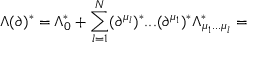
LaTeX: \Lambda ( \partial ) ^ { * } = \Lambda _ { 0 } ^ { * } + \sum _ { l = 1 } ^ { N } ( \partial ^ { \mu _ { l } } ) ^ { * } . . . ( \partial ^ { \mu _ { 1 } } ) ^ { * } \Lambda _ { \mu _ { 1 } . . . \mu _ { l } } ^ { * } =